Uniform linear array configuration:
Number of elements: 64
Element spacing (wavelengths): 0.75
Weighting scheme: binomial
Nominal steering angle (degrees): -60
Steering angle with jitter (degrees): -58.2
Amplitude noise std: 0.05
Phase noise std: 0.05

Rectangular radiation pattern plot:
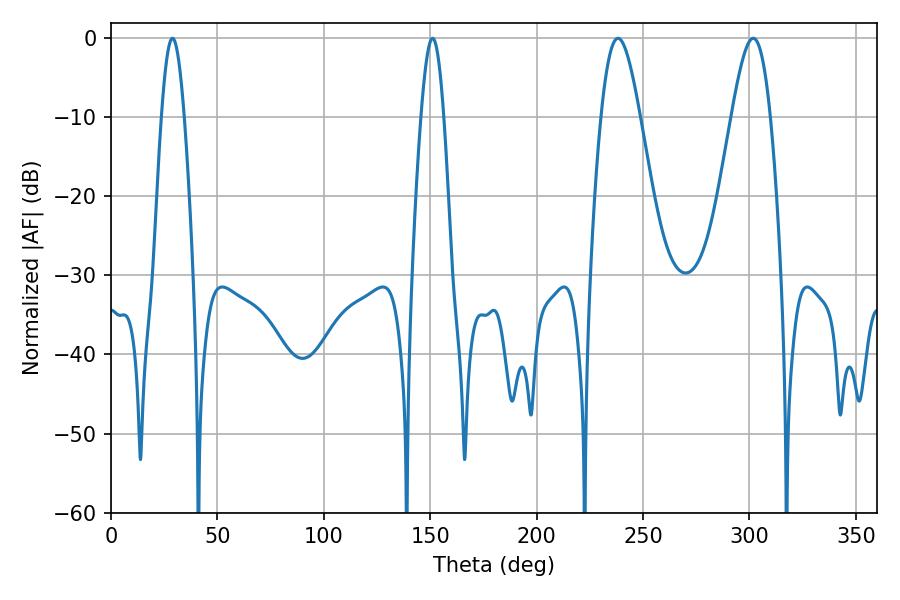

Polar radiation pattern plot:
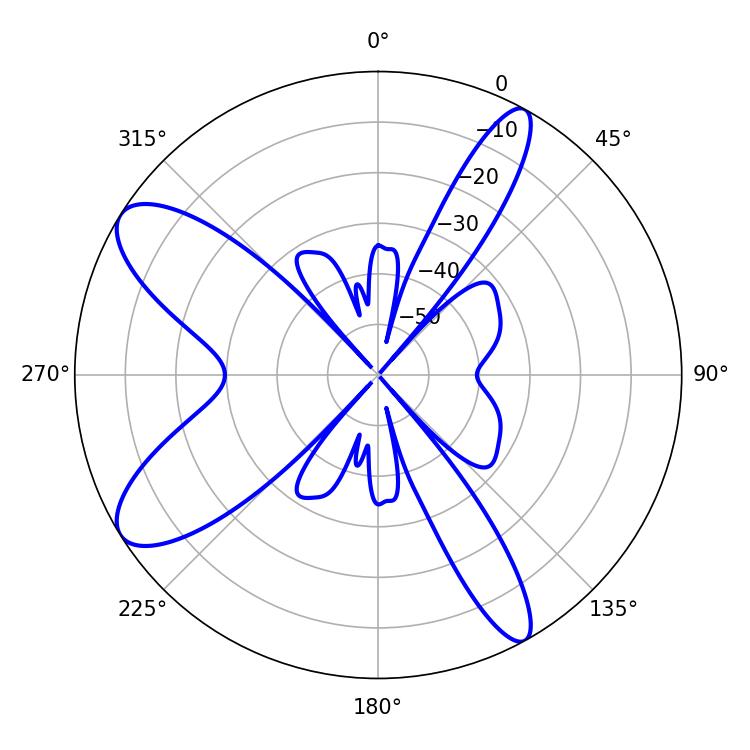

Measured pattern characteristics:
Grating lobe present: TRUE
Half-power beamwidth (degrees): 9.72
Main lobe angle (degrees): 238.14